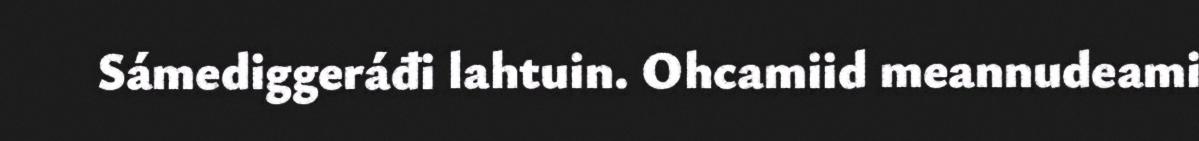
Sámediggeráđi lahtuin. Ohcamiid meannudeami